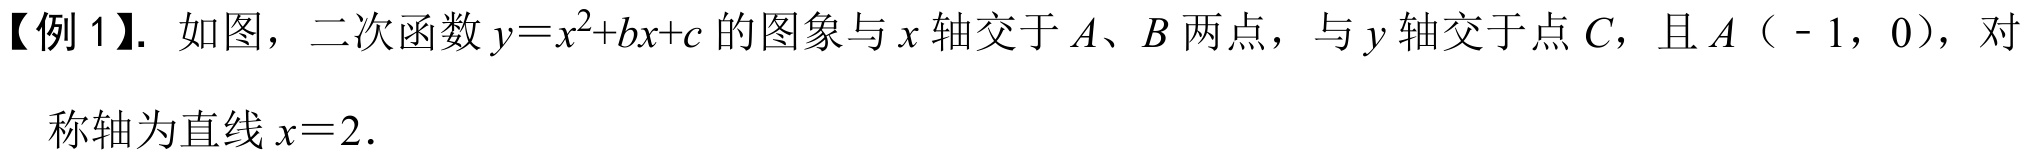
【例1】. 如图，二次函数\(y = x^{2}+bx + c\)的图象与\(x\)轴交于\(A\)、\(B\)两点，与\(y\)轴交于点\(C\)，且\(A\)（\(-1\)，\(0\)），对
称轴为直线\(x = 2\).